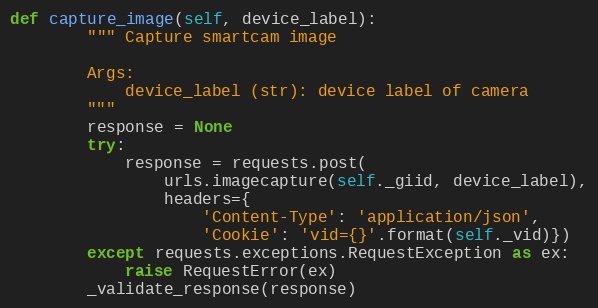
Language: Python
def capture_image(self, device_label):
        """ Capture smartcam image

        Args:
            device_label (str): device label of camera
        """
        response = None
        try:
            response = requests.post(
                urls.imagecapture(self._giid, device_label),
                headers={
                    'Content-Type': 'application/json',
                    'Cookie': 'vid={}'.format(self._vid)})
        except requests.exceptions.RequestException as ex:
            raise RequestError(ex)
        _validate_response(response)